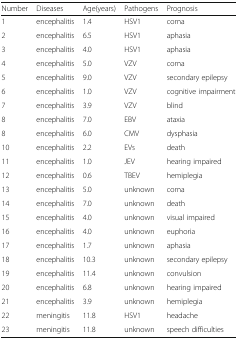
<table><thead><tr><td><b>Number</b></td><td><b>Diseases</b></td><td><b>Age(years)</b></td><td><b>Pathogens</b></td><td><b>Prognosis</b></td></tr></thead><tbody><tr><td>1</td><td>encephalitis</td><td>1.4</td><td>HSV1</td><td>coma</td></tr><tr><td>2</td><td>encephalitis</td><td>6.5</td><td>HSV1</td><td>aphasia</td></tr><tr><td>3</td><td>encephalitis</td><td>4.0</td><td>HSV1</td><td>aphasia</td></tr><tr><td>4</td><td>encephalitis</td><td>5.0</td><td>VZV</td><td>coma</td></tr><tr><td>5</td><td>encephalitis</td><td>9.0</td><td>VZV</td><td>secondary epilepsy</td></tr><tr><td>6</td><td>encephalitis</td><td>1.0</td><td>VZV</td><td>cognitive impairment</td></tr><tr><td>7</td><td>encephalitis</td><td>3.9</td><td>VZV</td><td>blind</td></tr><tr><td>8</td><td>encephalitis</td><td>7.0</td><td>EBV</td><td>ataxia</td></tr><tr><td>8</td><td>encephalitis</td><td>6.0</td><td>CMV</td><td>dysphasia</td></tr><tr><td>10</td><td>encephalitis</td><td>2.2</td><td>EVs</td><td>death</td></tr><tr><td>11</td><td>encephalitis</td><td>1.0</td><td>JEV</td><td>hearing impaired</td></tr><tr><td>12</td><td>encephalitis</td><td>0.6</td><td>TBEV</td><td>hemiplegia</td></tr><tr><td>13</td><td>encephalitis</td><td>5.0</td><td>unknown</td><td>coma</td></tr><tr><td>14</td><td>encephalitis</td><td>7.0</td><td>unknown</td><td>death</td></tr><tr><td>15</td><td>encephalitis</td><td>4.0</td><td>unknown</td><td>visual impaired</td></tr><tr><td>16</td><td>encephalitis</td><td>4.0</td><td>unknown</td><td>euphoria</td></tr><tr><td>17</td><td>encephalitis</td><td>1.7</td><td>unknown</td><td>aphasia</td></tr><tr><td>18</td><td>encephalitis</td><td>10.3</td><td>unknown</td><td>secondary epilepsy</td></tr><tr><td>19</td><td>encephalitis</td><td>11.4</td><td>unknown</td><td>convulsion</td></tr><tr><td>20</td><td>encephalitis</td><td>6.8</td><td>unknown</td><td>hearing impaired</td></tr><tr><td>21</td><td>encephalitis</td><td>3.9</td><td>unknown</td><td>hemiplegia</td></tr><tr><td>22</td><td>meningitis</td><td>11.8</td><td>HSV1</td><td>headache</td></tr><tr><td>23</td><td>meningitis</td><td>11.8</td><td>unknown</td><td>speech difficulties</td></tr></tbody></table>